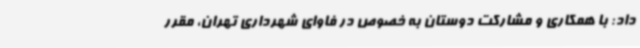
داد: با همکاری و مشارکت دوستان به خصوص در فاوای شهرداری تهران، مقرر